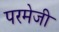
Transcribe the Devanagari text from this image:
परमेजी